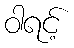
ဝါရင့်